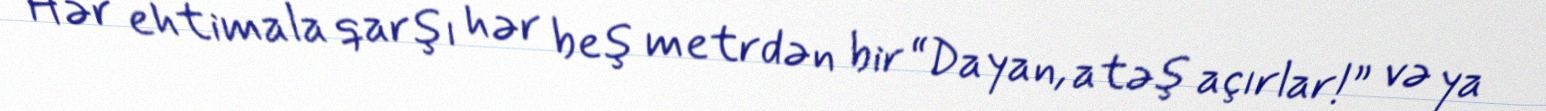
Hər ehtimala qarşı hər beş metrdən bir “Dayan, atəş açırlar!” və ya